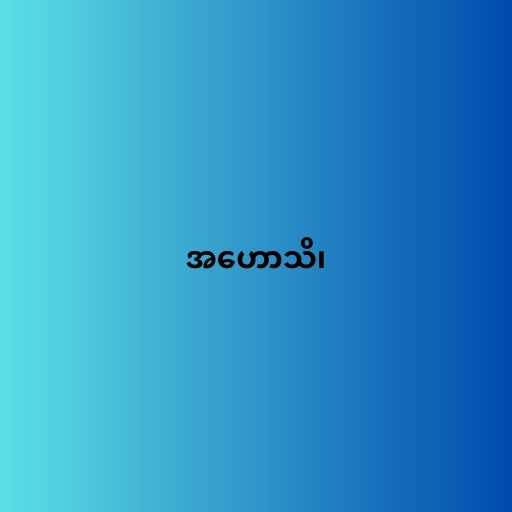
အဟောသိ၊